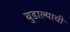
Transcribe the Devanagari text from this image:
बुडाल्याची